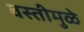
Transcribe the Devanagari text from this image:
वस्तीमुळे